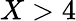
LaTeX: X>4